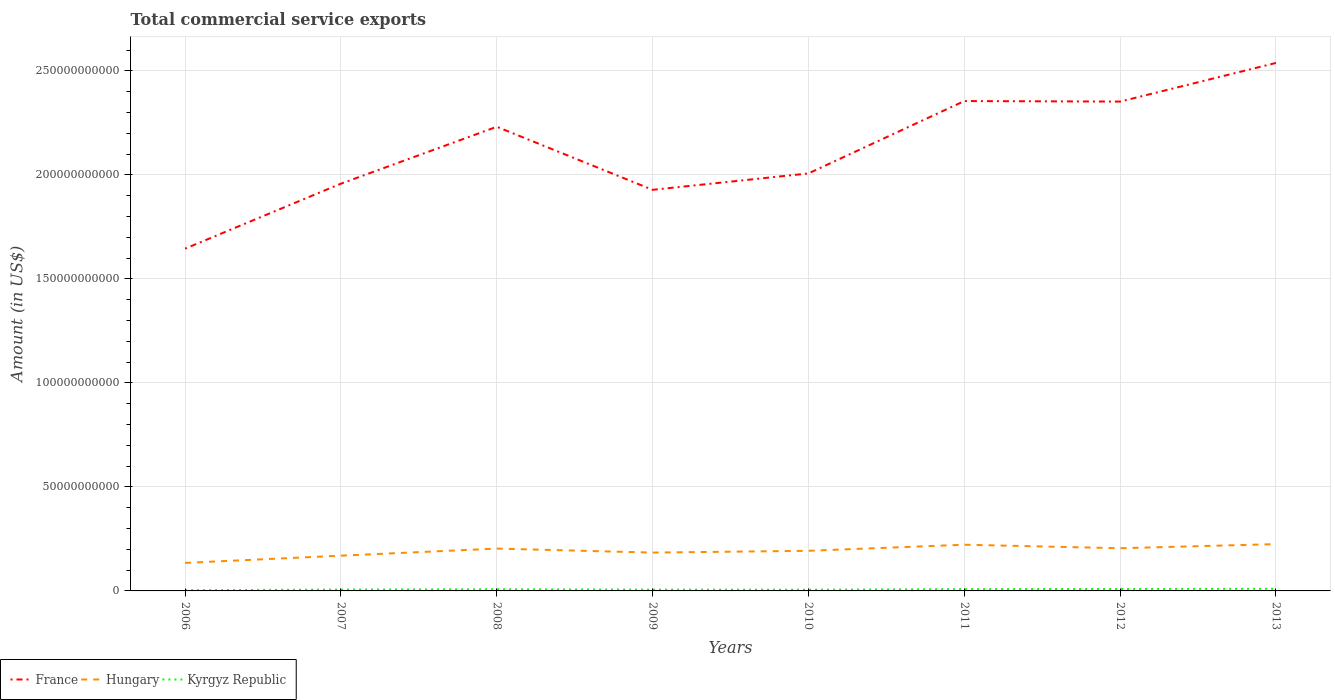
| Years | France | Hungary | Kyrgyz Republic |
 | --- | --- | --- | --- |
 | 2006 | 1.65e+11 | 1.35e+10 | 3.51e+08 |
 | 2007 | 1.96e+11 | 1.69e+10 | 6.54e+08 |
 | 2008 | 2.23e+11 | 2.04e+10 | 7.95e+08 |
 | 2009 | 1.93e+11 | 1.84e+10 | 6.28e+08 |
 | 2010 | 2.01e+11 | 1.93e+10 | 5.86e+08 |
 | 2011 | 2.35e+11 | 2.22e+10 | 8.46e+08 |
 | 2012 | 2.35e+11 | 2.05e+10 | 9.51e+08 |
 | 2013 | 2.54e+11 | 2.25e+10 | 1.03e+09 |